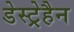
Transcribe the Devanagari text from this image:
डेस्ट्रेहैन